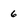
Character: 6